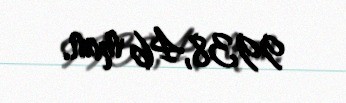
9938,46 man.